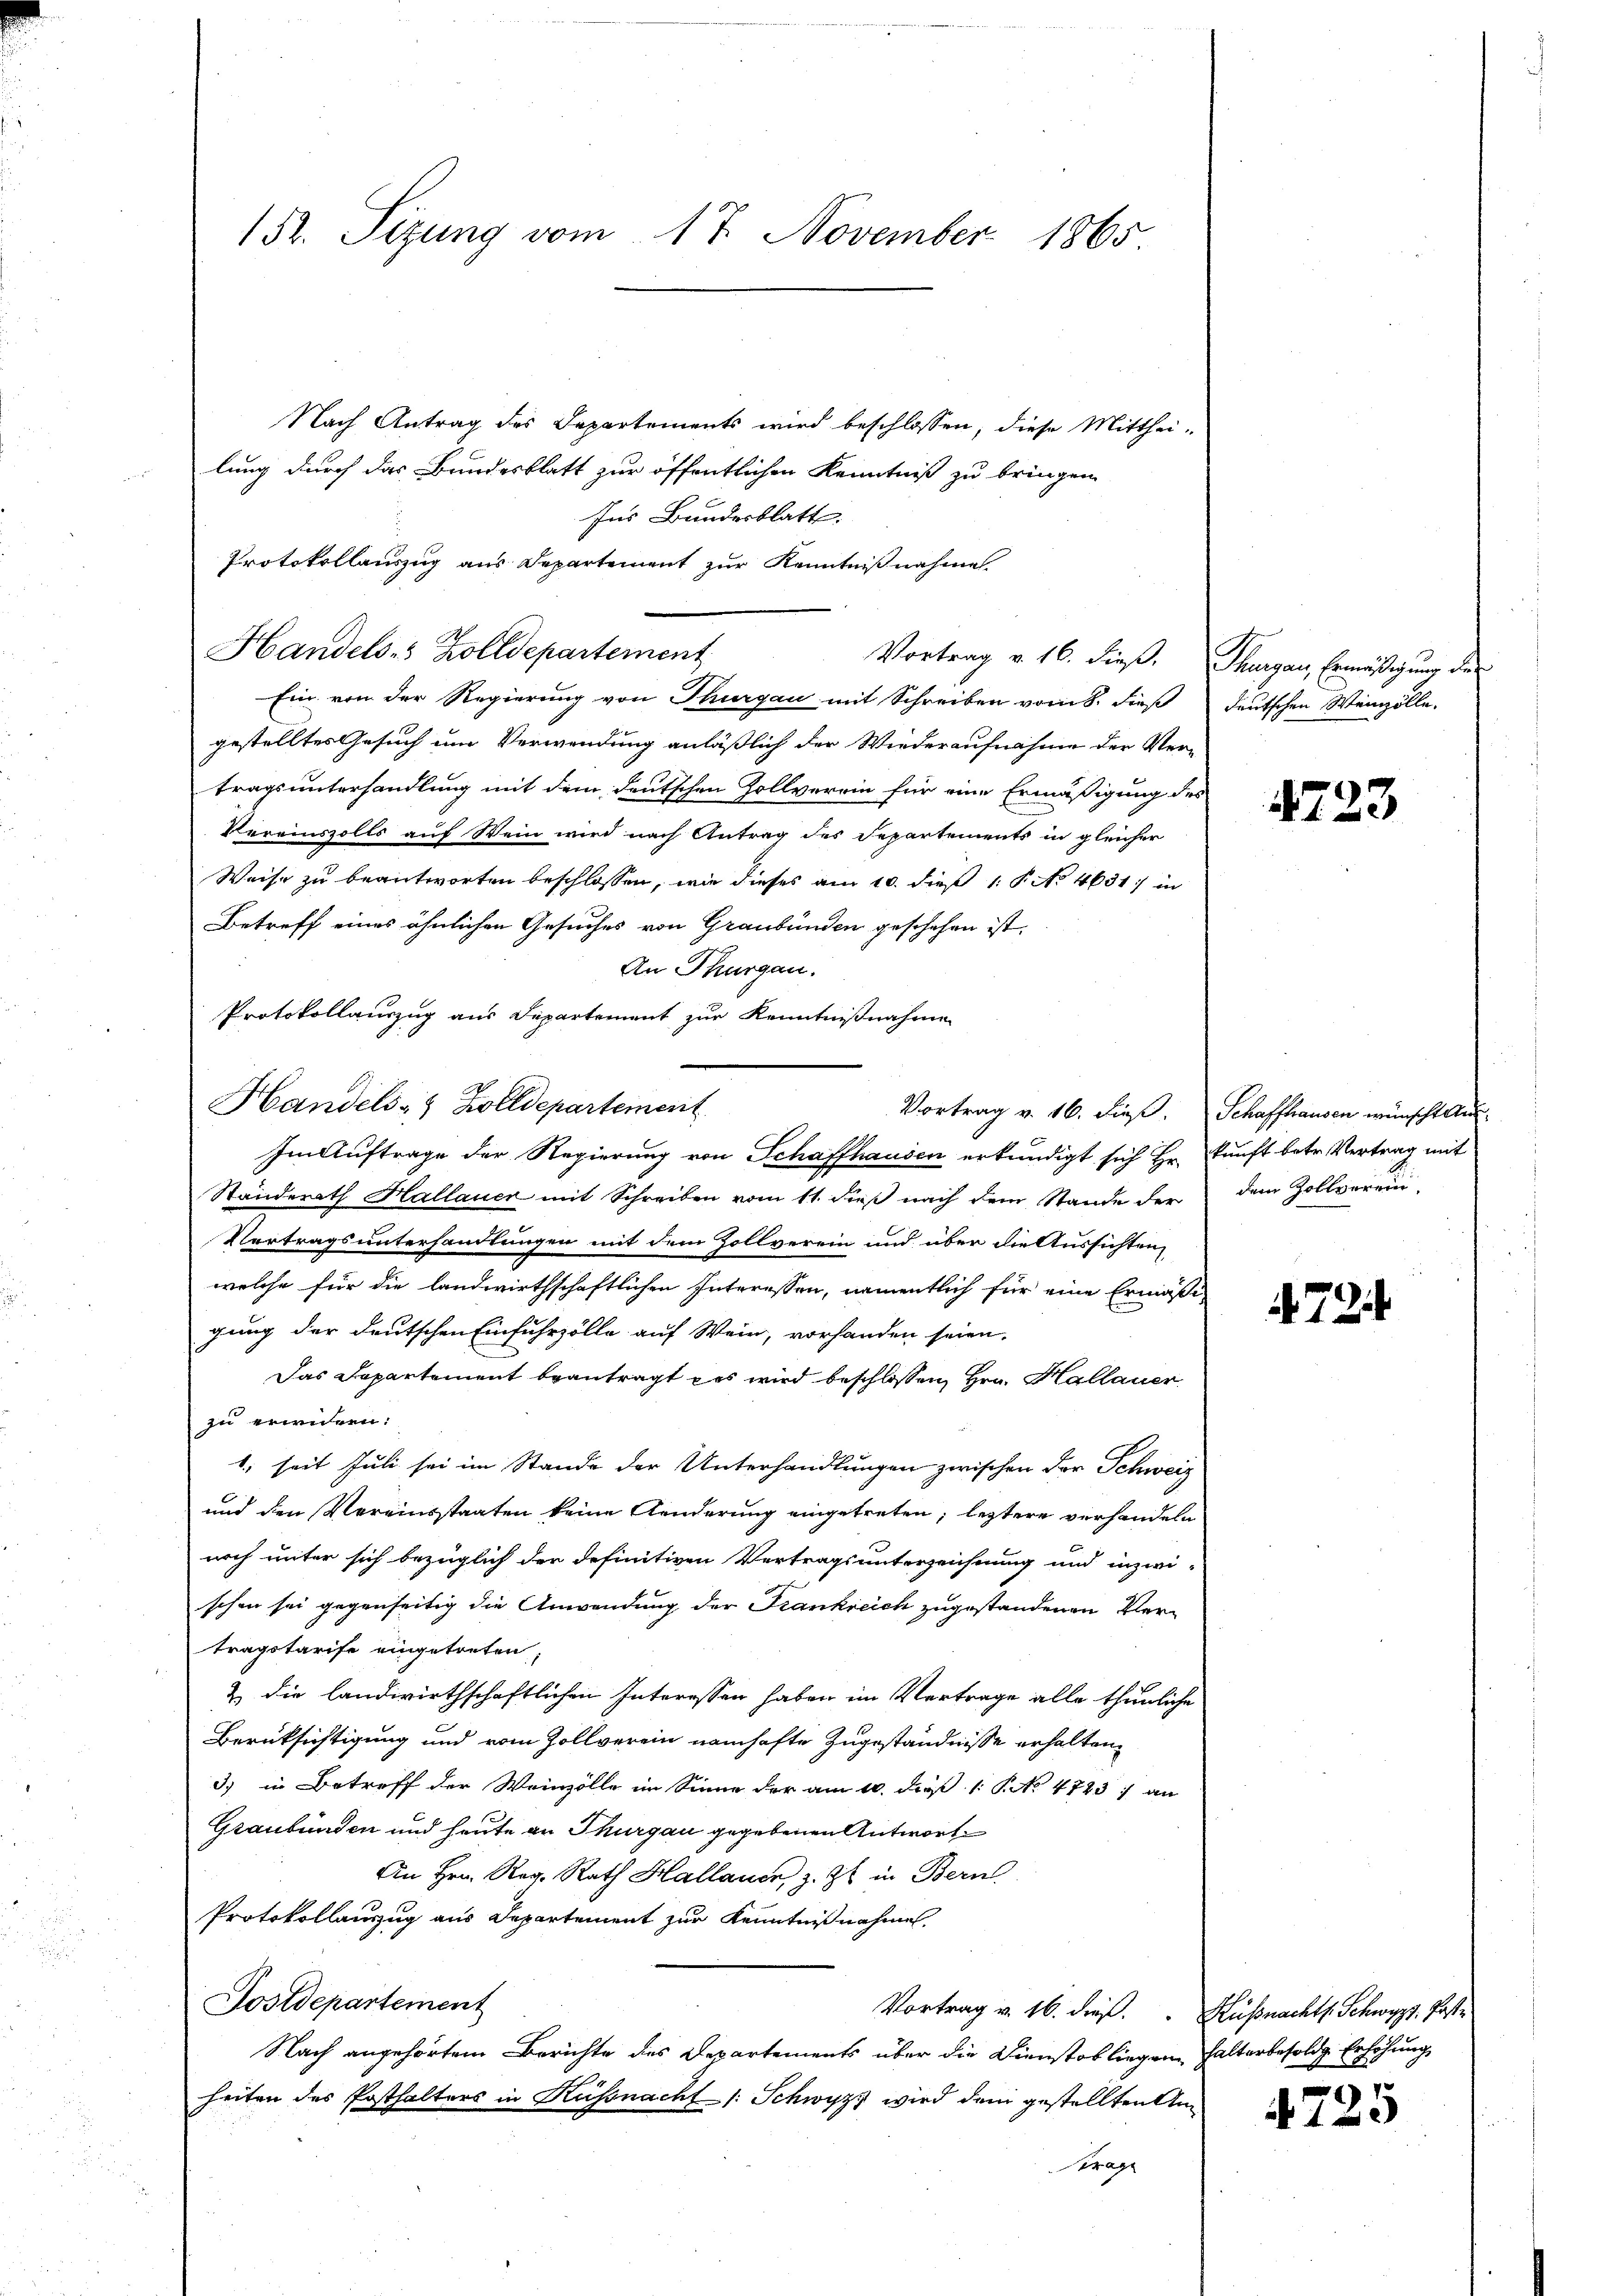
152. Sizung vom 17. November 1865

Nach Antrag des Departements wird beschlossen, diese Mittheilung durch das Bundesblatt zur öffentlichen Kenntniß zu bringen
Ins Bundesblatt.
Protokollauszug aus Departement zur Kenntnißnahme.
Ein von der Regierung von Thurgau mit Schreiben vom 8. dieß deutschen Weinzölle.
gestelltes Gesuch um Verwendung anläßlich der Wiederaufnahme der Vertragsunterhandlung mit dem deutschen Zollverein für eine Ermäßigung des
Vereinszolls auf Wein wird nach Antrag des Departements in gleicher
Weise zu beantworten beschlossen, wie dieses am 10. dieß 1 § No 4631 in
Betreff eines ähnlichen Gesuches von Graubünden geschehen ist.
An Thurgau.
Protokollauszug aus Departement zur Kenntnißnahme
Im Auftrage der Regierung von Schaffhausen erkundigt sich Hr. Kunft betr. Vertrag mit
Standerath Hallauer mit Schreiben vom 11. dieß nach dem Stande der
Vertragsunterhandlungen mit dem Zollverein und über die Aussichten,
welche für die landwirthschaftlichen Interessen, namentlich für eine Ermäßi-
gung der deutschen Einfuhrzölle auf Wein, vorhanden seien.
Das Departement beantragt es wird beschlossen, Hrn. Hallauer
zu erwicken:
1., seit Juli sei im Stande der Unterhandlungen zwischen der Schweiz
und den Vereinsstaaten keine Aenderung eingetreten, letztere verhandeln
noch unter sich bezüglich der definitiven Vertragsunterzeichnung und inzwi-
schon sei gegenseitig die Anwendung der Frankreich zugestandenen Vertragstarife eingetreten,
& die landwirthschaftlichen Interessen haben im Vertrage alle thunliche
Berücksichtigung und vom Zollverein namhafte Zugeständnisse erhalten,
3) in Betreff der Weinzölle im Sinne der am 10. dieß 1 No 47237 an
Graubünden und heute an Thurgau gegebenen Antwort
An Hrn. Reg. Rath Hallauen, z. Zt. in Bern
Protokollauszug aus Departement zur Kenntnißnahmen.
Postdepartement
Vortrag v. 16. dieß. Küßnachts. Schwyz, Post¬
Nach angehörtem Berichte des Departements über die Dienstob liegen halterbesoldg Erhöhung
heiten des Posthalters in Küssnacht /: Schwyz wird dem gestellten An¬
Serage

Handels- Zolldepartement

Handels- & Zolldepartement

Vortrag v. 16. dieß. Thurgau, Ermäßigung der

4723

Vortrag v. 16. dieß. Schaffhausen wünscht Ausdem Zollverein.

4724

4725